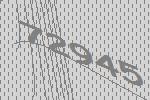
72945